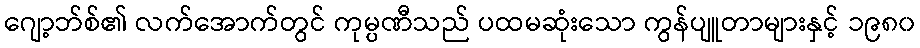
ဂျော့ဘ်စ်၏ လက်အောက်တွင် ကုမ္ပဏီသည် ပထမဆုံးသော ကွန်ပျူတာများနှင့် ၁၉၈၀